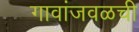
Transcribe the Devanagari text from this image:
गावांजवळची